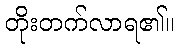
တိုးတက်လာရ၏။